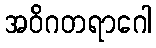
အဝိဂတရာဂေါ